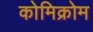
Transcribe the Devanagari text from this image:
कोमिक्रोम